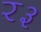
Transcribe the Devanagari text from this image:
र३